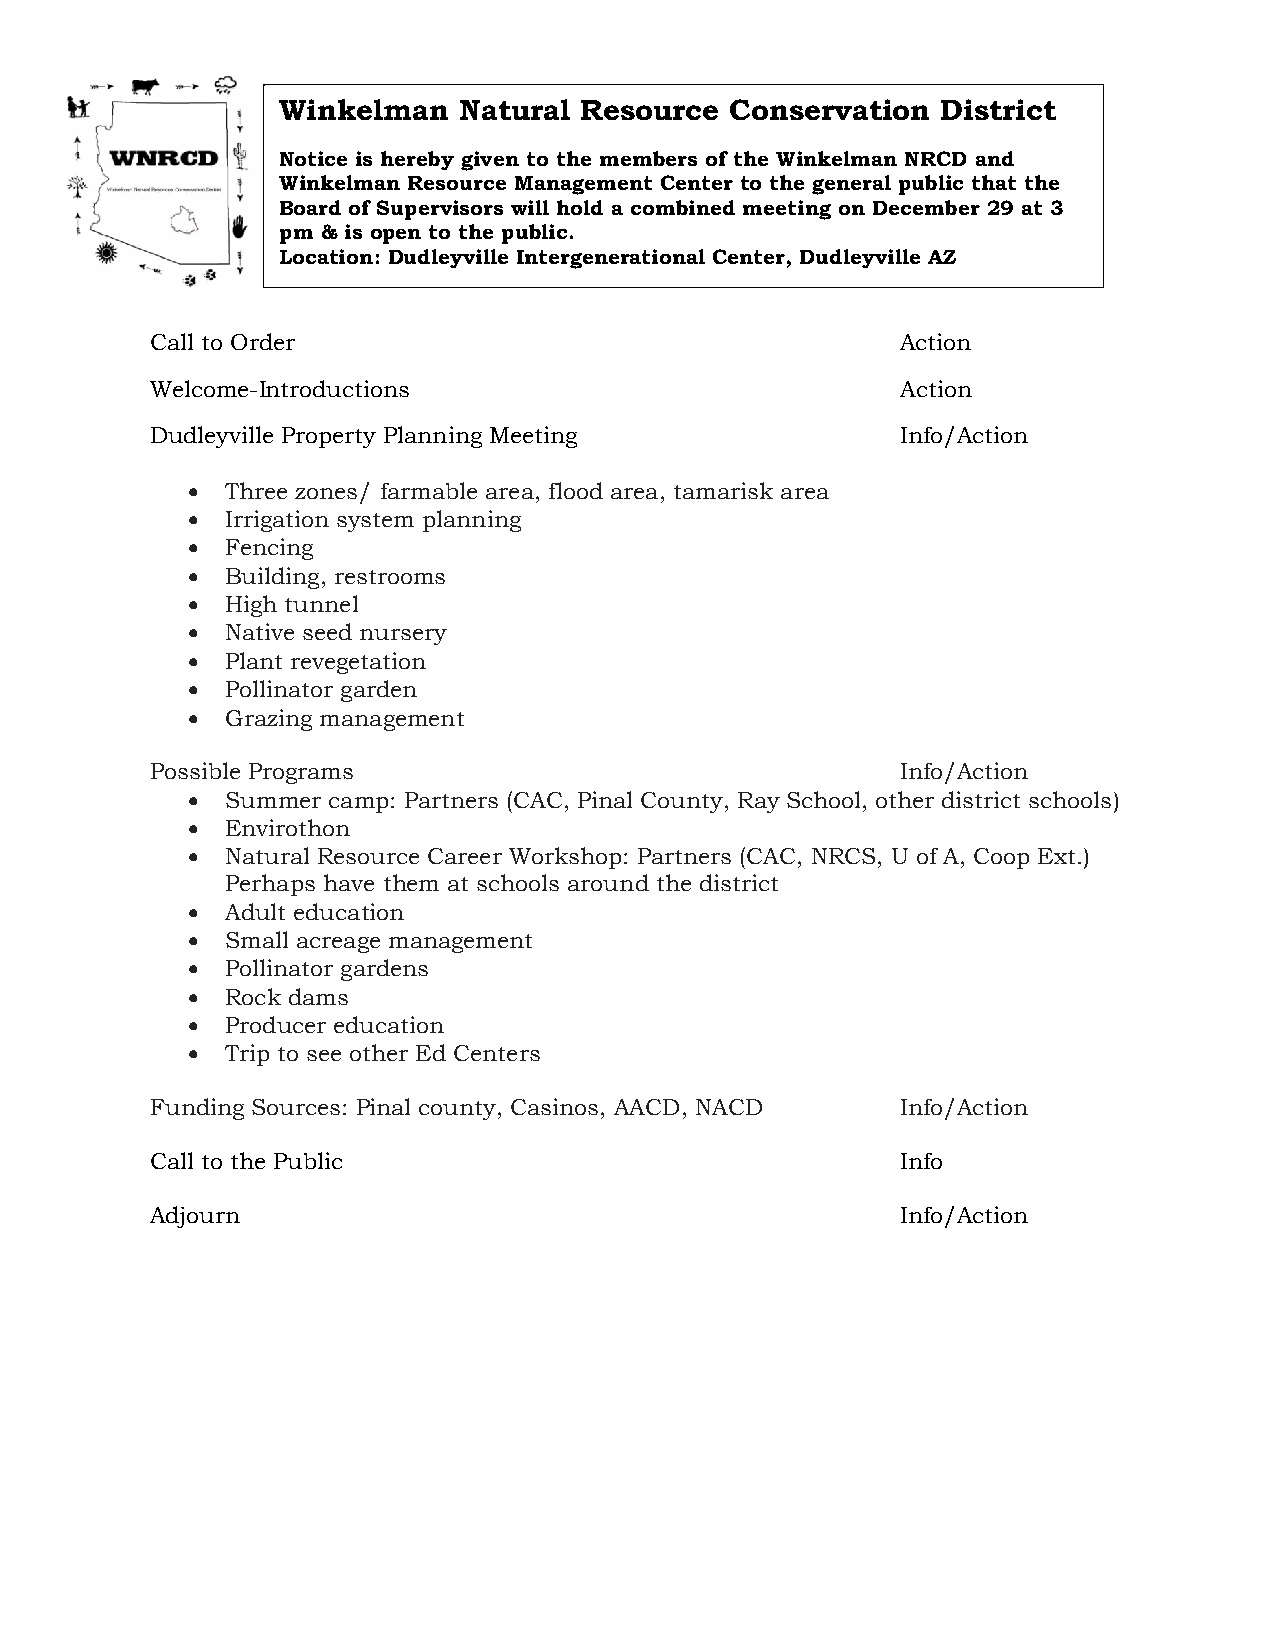
Winkelman   Natural Resource  Conservation  District
 Notice is hereby given to the members of the Winkelman NRCD and
 Winkelman Resource Management Center to the general public that the
 Board of Supervisors will hold a combined meeting on December 29 at 3
 pm & is open to the public.
 Location: Dudleyville Intergenerational Center, Dudleyville AZ
 20
 Call to Order                                     Action
 Welcome-Introductions                             Action
 Dudleyville Property Planning Meeting             Info/Action
   Three zones/ farmable area, flood area, tamarisk area
   Irrigation system planning
   Fencing
   Building, restrooms
   High tunnel
   Native seed nursery
   Plant revegetation
   Pollinator garden
   Grazing management
 Possible Programs                                 Info/Action
   Summer camp: Partners (CAC, Pinal County, Ray School, other district schools)
   Envirothon
   Natural Resource Career Workshop: Partners (CAC, NRCS, U of A, Coop Ext.)
 Perhaps have them at schools around the district
   Adult education
   Small acreage management
   Pollinator gardens
   Rock dams
   Producer education
   Trip to see other Ed Centers
 Funding Sources: Pinal county, Casinos, AACD, NACD Info/Action
 Call to the Public                                Info
 Adjourn                                           Info/Action